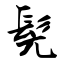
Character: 髡